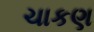
ચાકણ